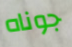
جوناه